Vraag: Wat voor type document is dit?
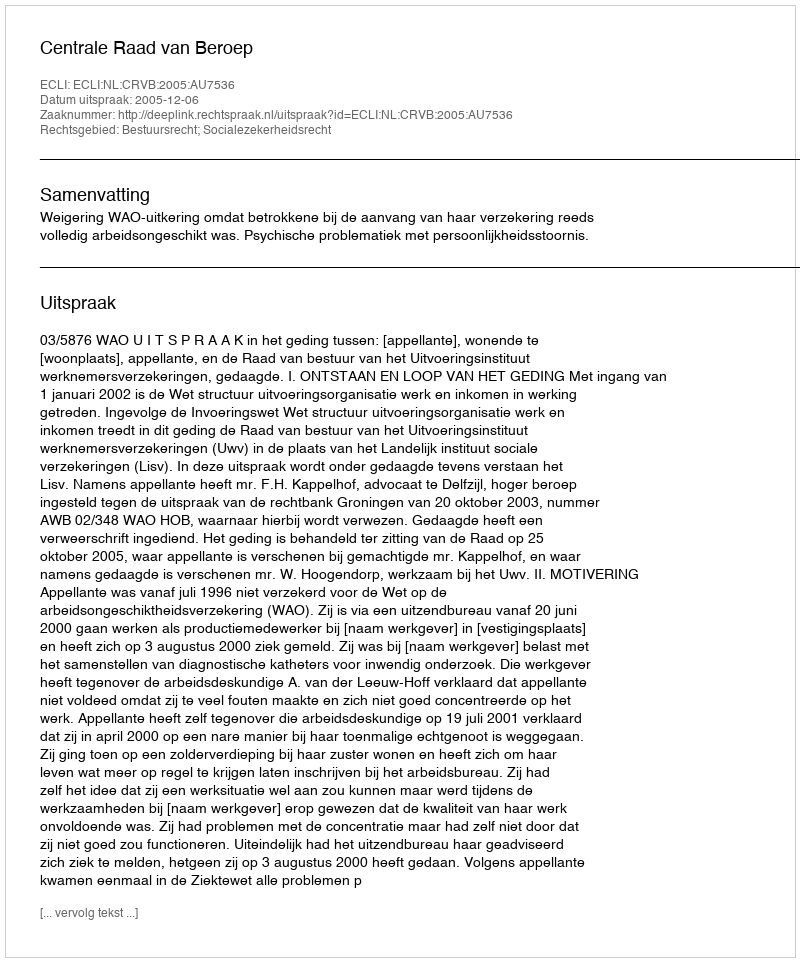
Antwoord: Uitspraak